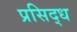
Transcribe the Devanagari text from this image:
प्रसिद्‍ध